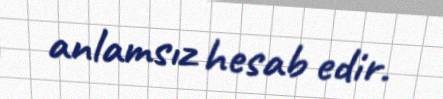
anlamsız hesab edir.